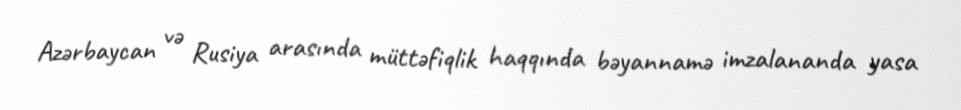
Azərbaycan və Rusiya arasında müttəfiqlik haqqında bəyannamə imzalananda yasa